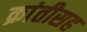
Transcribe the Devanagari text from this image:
क्रांतीसह